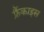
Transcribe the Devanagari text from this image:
फ्रैंकाइस